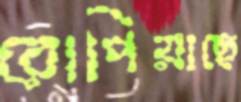
রোপিয়াছে